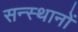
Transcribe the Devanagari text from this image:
सन्स्थानों